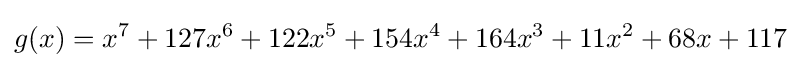
g(x)=x^{7}+127x^{6}+122x^{5}+154x^{4}+164x^{3}+11x^{2}+68x+117